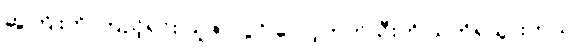
ဆွဲကြိုးကို ကြည့်ရင်း သူဇာလွင် လော့ကတ်သီးကို သတိရသွားတယ်။